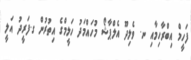
ފަހީމް އިބްރާހިމާއި ނ. ވެލިދޫ އެލްޕާޝޯ މުހައްމަދު ހަލީމްގެ އިތުރުން ގ.ފަރީދު އަލީ